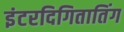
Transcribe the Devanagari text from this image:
इंटरदिगितातिंग